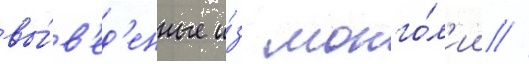
вы́в'ед'енные и́з монго́л'ии //